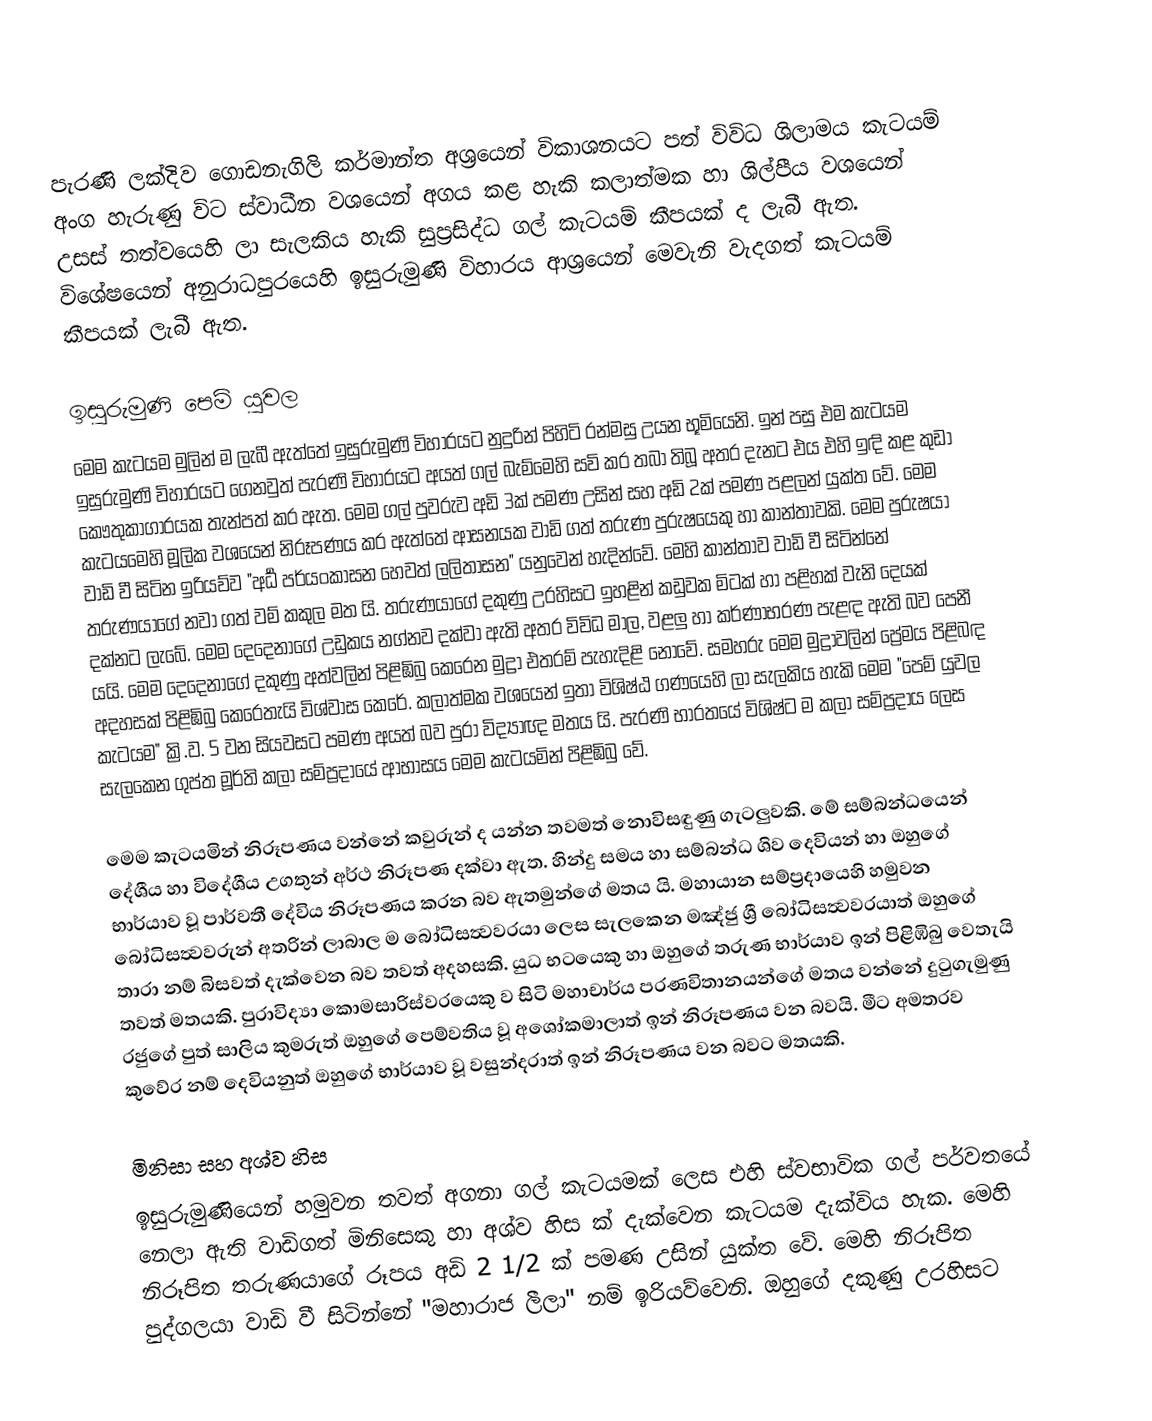
පැරණි ලක්දිව ගොඩනැගිලි කර්මාන්ත අශ්‍රයෙන් විකාශනයට පත් විවිධ ශිලාමය කැටයම් අංග හැරුණු විට ස්වාධීන වශයෙන් අගය කළ හැකි කලාත්මක හා ශිල්පීය වශයෙන් උසස් තත්වයෙහි ලා සැලකිය හැකි සුප්‍රසිද්ධ ගල් කැටයම් කීපයක් ද ලැබී ඇත. විශේෂයෙන් අනුරාධපුරයෙහි ඉසුරුමුණි විහාරය ආශ්‍රයෙන් මෙවැනි වැදගත් කැටයම් කීපයක් ලැබී ඇත.

ඉසුරුමුණි පෙම් යුවල
මෙම කැටයම මුලින් ම ලැබී ඇත්තේ ඉසුරුමුණි විහාරයට නුදුරින් පිහිටි රන්මසු උයන භූමියෙනි. ඉන් පසු එම කැටයම ඉසුරුමුණි විහාරයට ගෙනවුත් පැරණි විහාරයට අයත් ගල් බැ‍ම්මෙහි සවි කර තබා තිබූ අතර දැනට එය එහි ඉඳි කළ කුඩා ‍කෞතුකාගාරයක තැන්පත් කර ඇත. මෙම ගල් පුවරුව අඩි 3ක් පමණ උසින් සහ අඩි 2ක් පමණ පළලන් යුක්ත වේ. මෙම කැටයමෙහි මූලික වශයෙන් නිරූපණය කර ඇත්තේ ආසනයක වාඩි ගත් තරුණ පුරුෂයෙකු හා කාන්තාවකි.‍ මෙම පුරුෂයා වාඩි වී සිටින ඉරියව්ව "අර්‍ධ පර්යංකාසන හෙවත් ලලිතාසන" යනුවෙන් හැදින්වේ. මෙහි කාන්තාව වාඩි වී සිටින්නේ තරුණයාගේ නවා ගත් වම් කකුල මත යි. තරුණයාගේ දකුණු උරහිසට ඉහළින් කඩුවක මිටක් හා පළිහක් වැනි දෙයක් දක්නට ලැබේ. මෙම දෙදෙනාගේ උඩුකය නග්නව දක්වා ඇති අතර විවිධ මාල, වළලු හා කර්ණාභරණ පැළඳ ඇති බව පෙනී යයි. මෙ‍ම දෙදෙනාගේ දකුණු අත්වලින් පිළිඹිබු කෙරෙන මුද්‍රා එතරම් පැහැදිළි නොවේ. සමහරු මෙම මුද්‍රාවලින් ප්‍රේමය පිළිබඳ අදහසක් පිළිඹිබු කෙරෙතැයි විශ්වාස කෙරේ. කලාත්මක වශයෙන් ඉතා විශිෂ්ඨ ගණයෙහි ලා සැලකිය හැකි මෙම "පෙම් යුවල කැටයම" ක්‍රි.ව. 5 වන සියවසට පමණ අයත් බව පුරා විද්‍යාඥ මතය යි. පැරණි භාරතයේ විශිෂ්ට ම කලා සම්ප්‍රදාය ලෙස සැලකෙන ගුප්ත මූර්ති කලා සම්ප්‍රදායේ ආභාසය මෙම කැටයමින් පිළිඹිබු වේ.

මෙම කැටයමින් නිරූපණය වන්නේ කවුරුන් ද යන්න තවමත් නොවිසඳුණු ගැටලුවකි. මේ සම්බන්ධයෙන් දේශීය හා විදේශීය උගතුන් අර්ථ නිරූපණ දක්වා ඇත. හින්දු සමය හා සම්බන්ධ ශිව දෙවියන් හා ඔහු‍ගේ භාර්යාව වූ පාර්වතී දේවිය නිරූපණය කරන බව ඇතමුන්ගේ මතය යි. මහායාන සම්ප්‍රදායෙහි හමුවන බෝධිසත්‍වවරුන් අතරින් ලාබාල ම බෝධිසත්‍වවරයා ලෙස සැලකෙන මඤ්ජු ශ්‍රී බෝධිසත්‍වවරයාත් ඔහුගේ තාරා නම් බිසවත් දැක්වෙන බව තවත් අදහසකි. යුධ භටයෙකු හා ඔහුගේ තරුණ භාර්යාව ඉන් පිළිඹිබු වෙතැයි තවත් මතයකි. පුරාවිද්‍යා කොමසාරිස්වරයෙකු ව සිටි මහාචාර්ය පරණවිතානයන්ගේ මතය වන්නේ දුටුගැමුණු රජුගේ පුත් සාලිය කුමරුත් ඔහුගේ පෙම්වතිය වූ අශෝකමාලාත් ඉන් නිරූපණය වන බවයි. මීට අමතරව කුවේර නම් දෙවියනුත් ඔහුගේ භාර්යාව වූ වසුන්දරාත් ඉන් නිරූපණය වන බවට මතයකි.

මිනිසා සහ අශ්ව හිස
ඉසුරුමුණියෙන් හමුවන තවත් අගනා ගල් කැටයමක් ලෙස එහි ස්වභාවික ගල් පර්වතයේ නෙලා ඇති වාඩිගත් මිනිසෙකු හා අශ්ව හිස ක් දැක්වෙන කැටයම දැක්විය හැක. මෙහි නිරූපිත තරුණයාගේ රූපය අඩි 2 1/2 ක් පමණ උසින් යුක්ත වේ. මෙහි නිරූපිත පුද්ගලයා වාඩි වී සිටින්නේ "මහාරාජ ලීලා" නම් ඉරියව්වෙනි. ඔහුගේ දකුණු උරහිසට